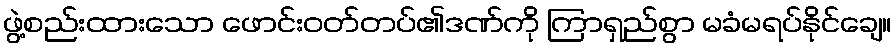
ဖွဲ့စည်းထားသော ဖောင်းဝတ်တပ်၏ဒဏ်ကို ကြာရှည်စွာ မခံမရပ်နိုင်ချေ။